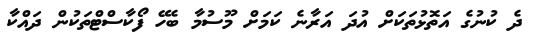
ދެ ކުނުގެ އަތޮޅުތަކަށް އުދަ އަރާނެ ކަމަށް މޫސުމާ ބެހޭ ފޯކާސްޓްތަކުން ދައްކާ